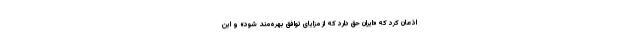
اذعان کرد که «ایران حق دارد که از مزایای توافق بهره‌مند شود» و این